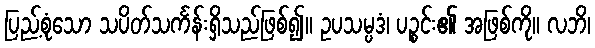
ပြည့်စုံသော သပိတ်သင်္ကန်းရှိသည်ဖြစ်၍။ ဥပသမ္ပဒံ၊ ပဉ္စင်း၏ အဖြစ်ကို။ လဘိ၊